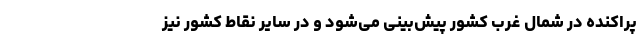
پراکنده در شمال غرب کشور پیش‌بینی می‌شود و در سایر نقاط کشور نیز